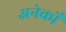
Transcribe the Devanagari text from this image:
अनेकोँ